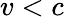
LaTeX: v<c